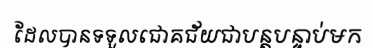
ដែលបានទទួលជោគជ័យជាបន្តបន្ទាប់មក